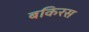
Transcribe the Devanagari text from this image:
बकिरस